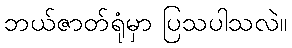
ဘယ်ဇာတ်ရုံမှာ ပြသပါသလဲ။